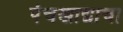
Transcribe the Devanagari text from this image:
पंचखाद्याचा